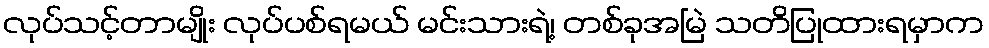
လုပ်သင့်တာမျိုး လုပ်ပစ်ရမယ် မင်းသားရဲ့၊ တစ်ခုအမြဲ သတိပြုထားရမှာက